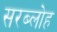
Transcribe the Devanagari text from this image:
सरब्लोह